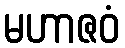
မဟာဇဝံ